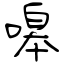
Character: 嗥